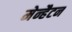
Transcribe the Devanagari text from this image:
मेन्हैटन